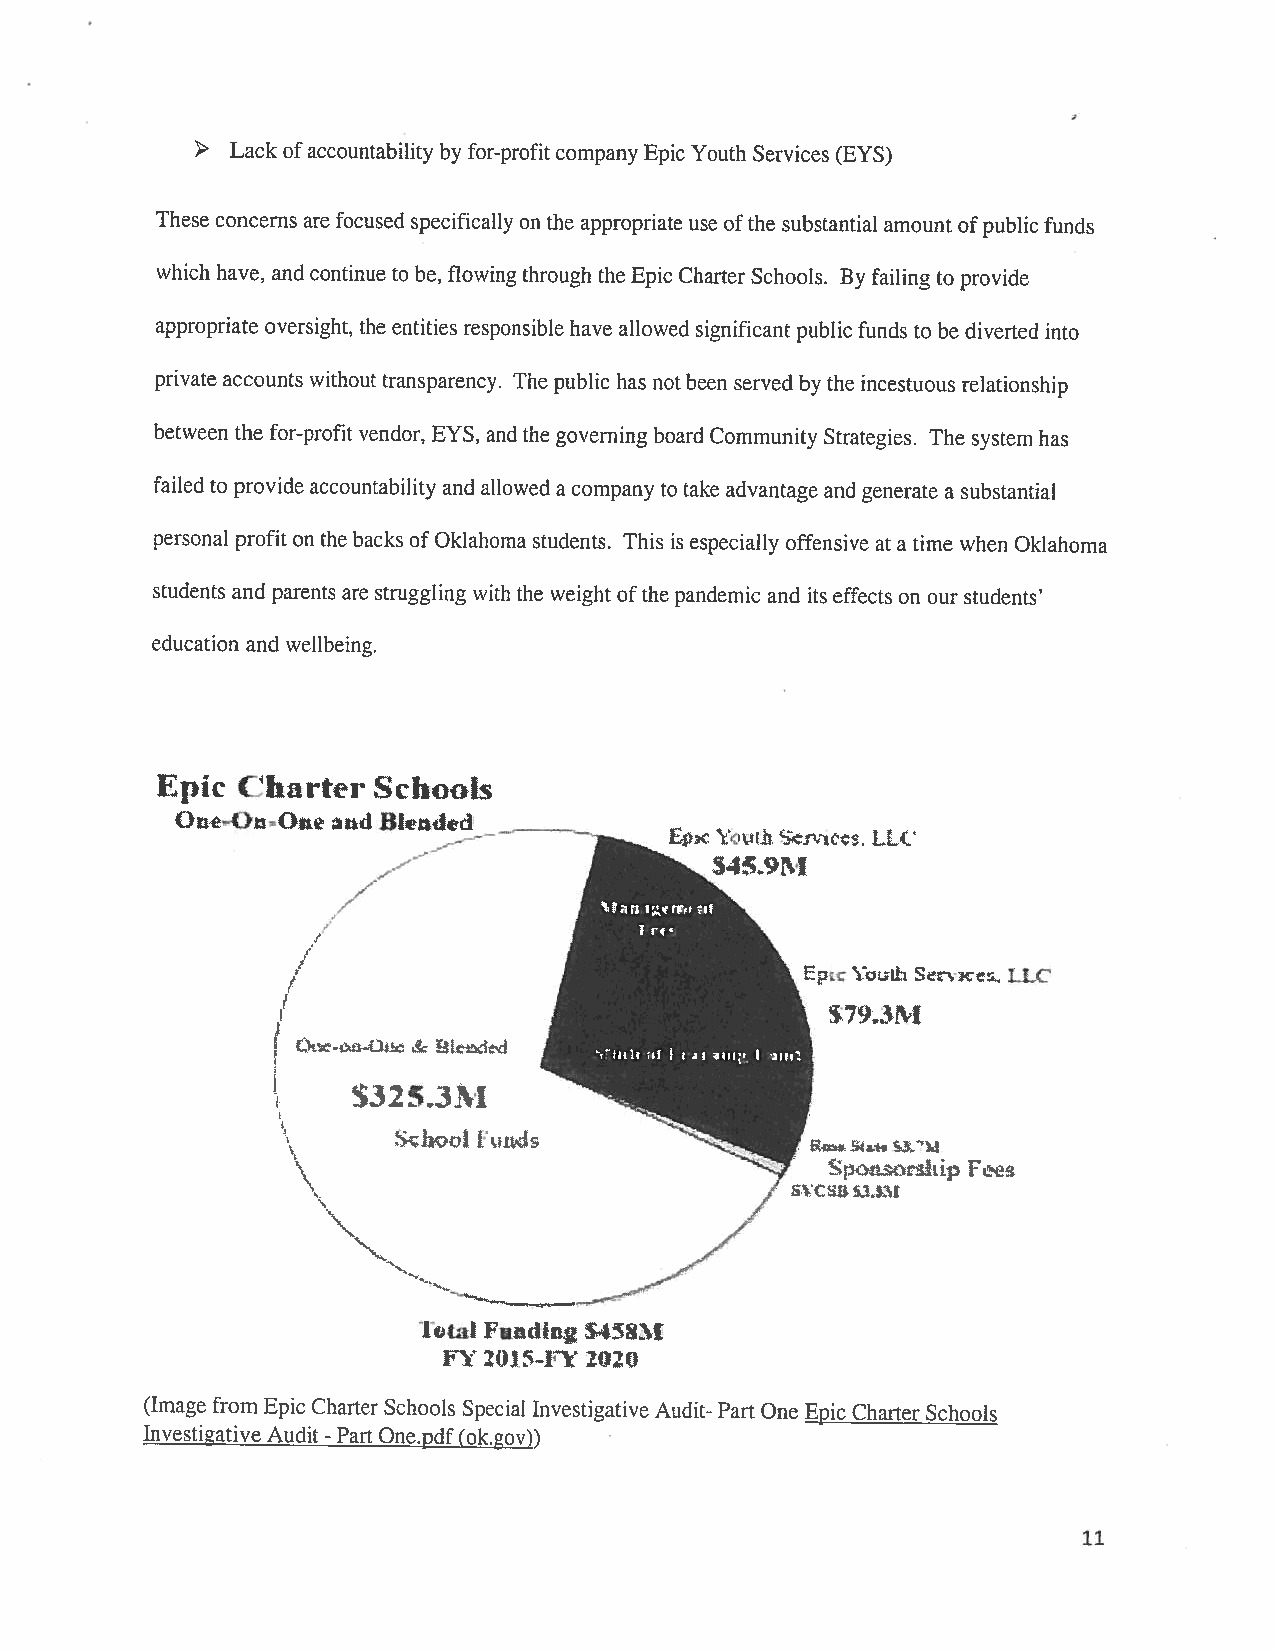
> Lack ofaccountability by for-profit company Epic Youth Services (EYS)
 These concerns are focused specifically on the appropriate use ofthe substantial amount ofpublic funds
 which have, and continue to be, flowing through the Epic Charter Schools. By failing to provide
 appropriate oversight, the entities responsible have allowed significantpublic funds to be diverted into
 private accounts without transparency. The public has notbeen served by the incestuous relationship
 between the for-profit vendor, EYS, andthe governing board Community Strategies. The system has
 failed to provide accountability and allowed a company to take advantage and generate a substantial
 personal profit on the backs ofOklahoma students. This is especially offensive at a time when Oklahoma
 students and parents are struggling with the weight ofthe pandemic and its effects on our students’
 education and wellbeing.
 Epic  Charter  Schools
 OOO,      ind Bkadd
 Epx           LLC
 Epz           LbO
 I
 ?9JNt
 t)--U  & 1i1
 t1t  I rai I I**1
 S3253M
 Shc   Uund
 R *,
 S    rihp Fei?
 / !C:u&u;i
 /
 /
 V
 itai Fsi,din2 S45%1
 2015-EY 2020
 (Image from Epic Charter Schools Special Investigative Audit- Part One Epic Charter Schools
 Investigative Audit Part One.pdf(ok.gov))
 -
 11